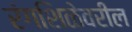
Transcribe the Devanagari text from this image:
रंगशिळेवरील